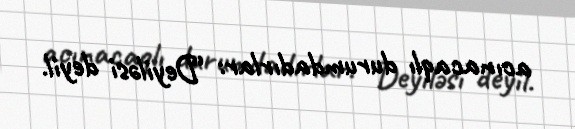
acınacaqlı durumdadırlar: “Deyiləsi deyil.